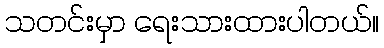
သတင်းမှာ ရေးသားထားပါတယ်။